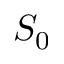
S _ { 0 }